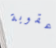
عقوبة